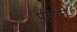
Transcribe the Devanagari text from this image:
पीराने